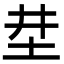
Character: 坓